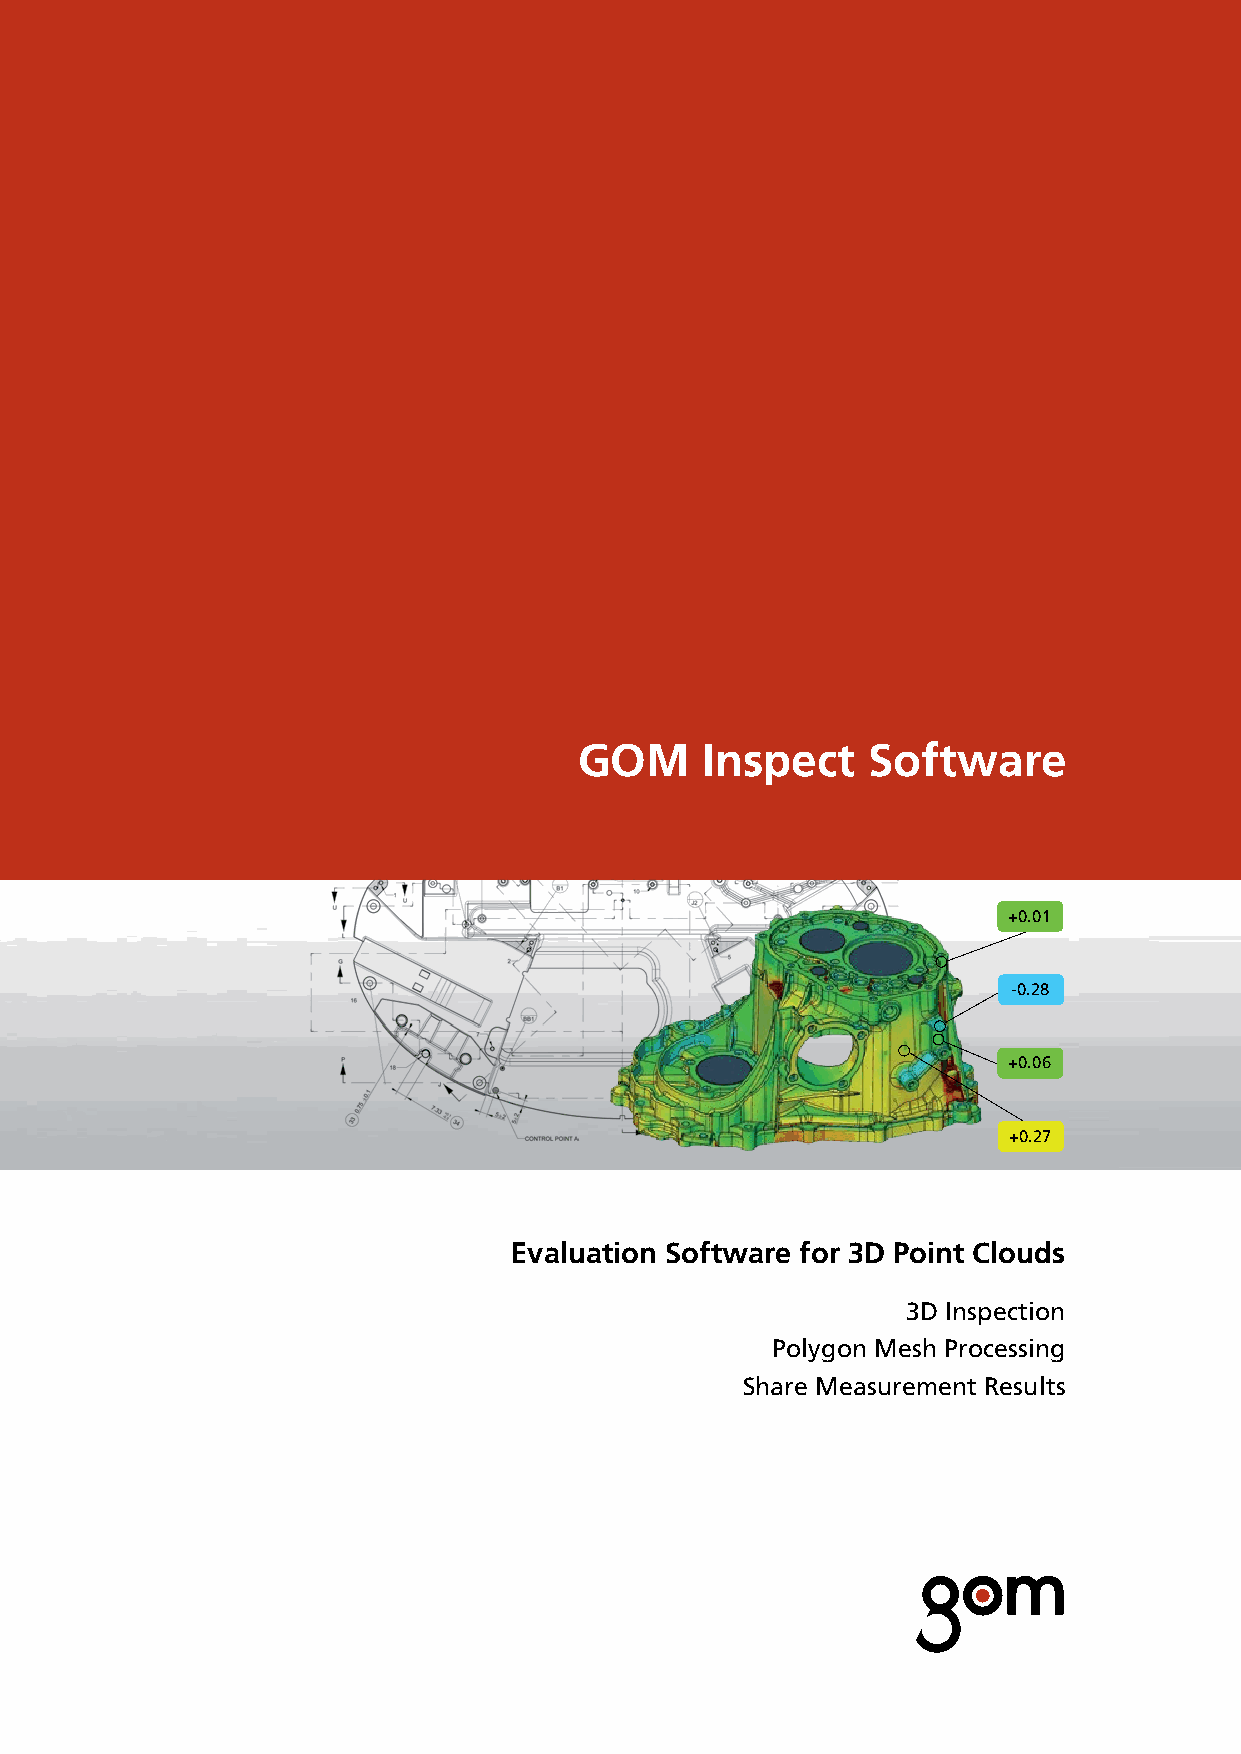
GOM      Inspect   Software
 +0.01
 -0.28
 +0.06
 +0.27
 Evaluation Software for 3D Point Clouds
 3D Inspection
 Polygon Mesh Processing
 Share Measurement Results